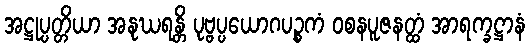
အဋ္ဌုပ္ပတ္တိယာ အနုဃရန္တိ ပုဗ္ဗပ္ပယောဂပဉ္စကံ ဝစနပူဇနတ္ထံ အာရက္ခဋ္ဌာနံ